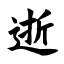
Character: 逝